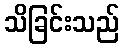
သိခြင်းသည်